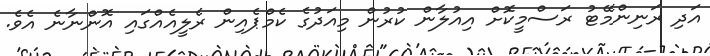
އަދި ރަނިންމޭޓު ރަސްމީކޮށް އިއުލާން ކުރުން މިއަދުގެ ކެމްޕެއިން ރެލީއެއްގައި އޮންނާނެ އެވެ.